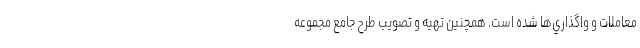
معاملات و واگذاري‌ها شده است. همچنين تهيه و تصويب طرح جامع مجموعه